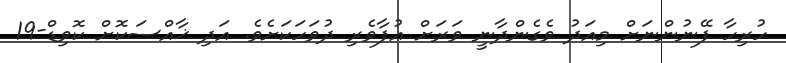
ހުރިހާ ފޭނުންނަށް މިއަދު ވެގެންދާނީ ވަރަށް އުފާވެރި ދުވަހަކަށެވެ. އަދި ޚާއްސަކޮށް ކޮވިޑް-19